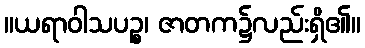
။ယရာဝါသပဉ္စ၊ ဇာတက၌လည်းရှိ၏။